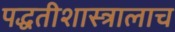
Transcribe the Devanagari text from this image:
पद्धतीशास्त्रालाच